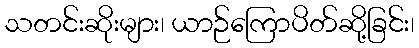
သတင်းဆိုးများ၊ ယာဉ်ကြောပိတ်ဆို့ခြင်း၊